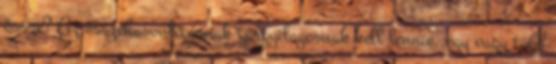
össze? Az összehasonlításnak tárgyilagosnak kell lennie, egy vagy több